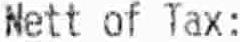
NETT OF TAX: